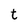
Character: t